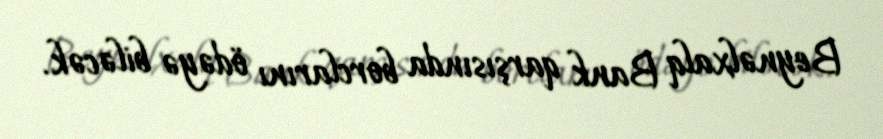
Beynəlxalq Bank qarşısında borclarını ödəyə biləcək.